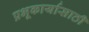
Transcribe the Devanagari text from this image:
प्रभूकार्यासाठी